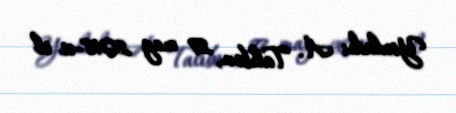
Yoxladı: A. Talıbov, 27 may 2018-ci il